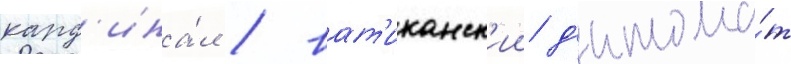
кард'ина́л / ват'иканск'ии д'иплома́т